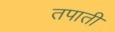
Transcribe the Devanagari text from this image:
तपाती